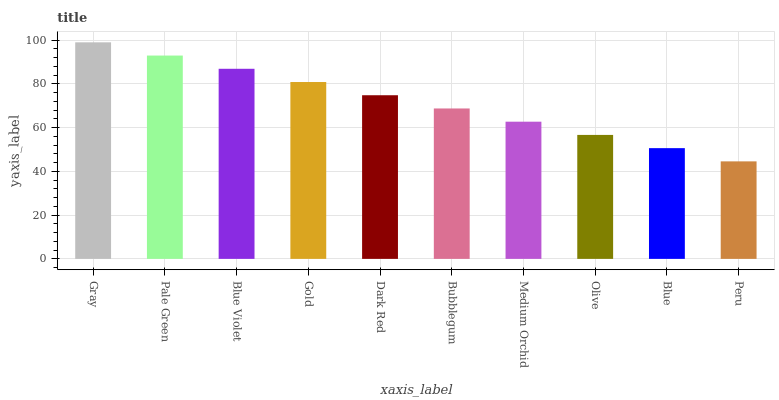
| xaxis_label | bars |
 | --- | --- |
 | Gray | 99 |
 | Pale Green | 93 |
 | Blue Violet | 86.9 |
 | Gold | 80.9 |
 | Dark Red | 74.8 |
 | Bubblegum | 68.8 |
 | Medium Orchid | 62.7 |
 | Olive | 56.7 |
 | Blue | 50.6 |
 | Peru | 44.6 |